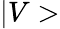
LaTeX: |V>